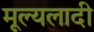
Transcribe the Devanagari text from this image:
मूल्यलादी